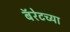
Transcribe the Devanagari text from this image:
बॅरेटच्या